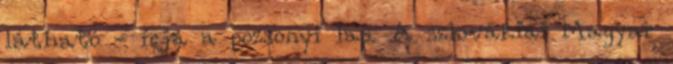
látható - írja a pozsonyi lap. A szlovákiai Magyar